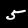
Digit: 5